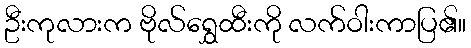
ဦးကုလားက ဗိုလ်ရွှေထီးကို လက်ဝါးကာပြ၏။